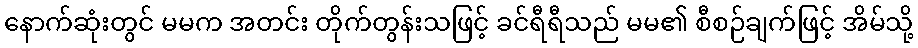
နောက်ဆုံးတွင် မမက အတင်း တိုက်တွန်းသဖြင့် ခင်ရီရီသည် မမ၏ စီစဉ်ချက်ဖြင့် အိမ်သို့